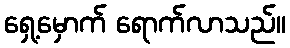
ရှေ့မှောက် ရောက်လာသည်။